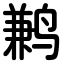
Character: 鹣